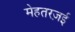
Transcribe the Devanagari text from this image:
मेहतरज़ई